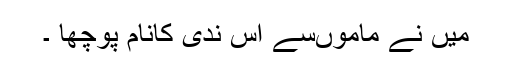
میں نے ماموںسے اس ندی کانام پوچھا ۔